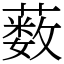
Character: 薮